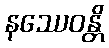
နဿေဝန္တိ